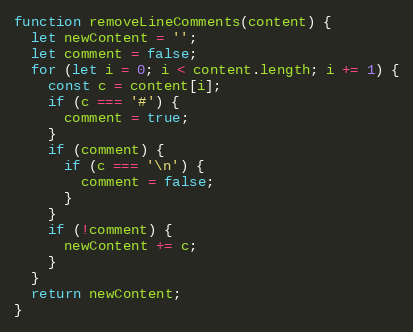
Language: JavaScript
function removeLineComments(content) {
  let newContent = '';
  let comment = false;
  for (let i = 0; i < content.length; i += 1) {
    const c = content[i];
    if (c === '#') {
      comment = true;
    }
    if (comment) {
      if (c === '\n') {
        comment = false;
      }
    }
    if (!comment) {
      newContent += c;
    }
  }
  return newContent;
}